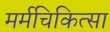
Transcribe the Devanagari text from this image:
मर्मचिकित्सा